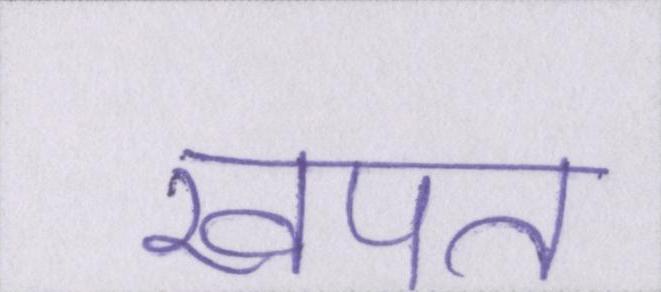
खपत